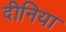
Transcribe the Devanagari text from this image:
दीनिया